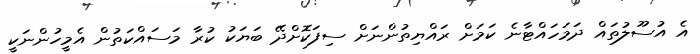
އެ އުސޫލުތައް ދަމަހައްޓާނެ ކަމަށް ރައްޔިތުންނަށް ސިފަކޮށްދޭ ބަޔަކު ކުރާ މަސައްކަތުން އެމީހުންނަކީ